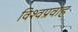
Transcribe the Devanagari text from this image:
विश्वप्रवाह